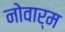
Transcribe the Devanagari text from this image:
नोवार्म